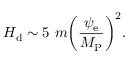
H _ { \mathrm { d } } \sim 5 ~ m \biggl ( \frac { \psi _ { \mathrm { e } } } { M _ { \mathrm { P } } } \biggr ) ^ { 2 } .